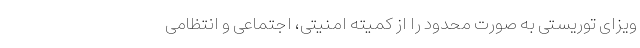
ویزای توریستی به صورت محدود را از کمیته امنیتی، اجتماعی و انتظامی